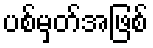
ပစ်မှတ်အဖြစ်